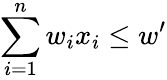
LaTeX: \sum_{i=1}^{n}w_{i}x_{i}\leq w^{\prime}